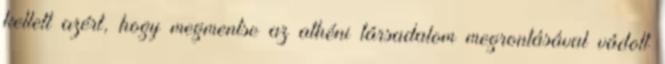
kellett azért, hogy megmentse az athéni társadalom megrontásával vádolt